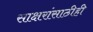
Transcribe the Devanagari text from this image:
साक्षरांसाठीही